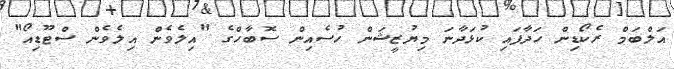
އަލްބަމް ރެކޯޑިން ހަދާފައި ކުޅަދާނަ މިޔުޒީޝަން ހުސެއިން ސޮބާހްގެ "އިލެވެން އިލެވެން ސްޓޫޑިއޯ"